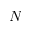
N